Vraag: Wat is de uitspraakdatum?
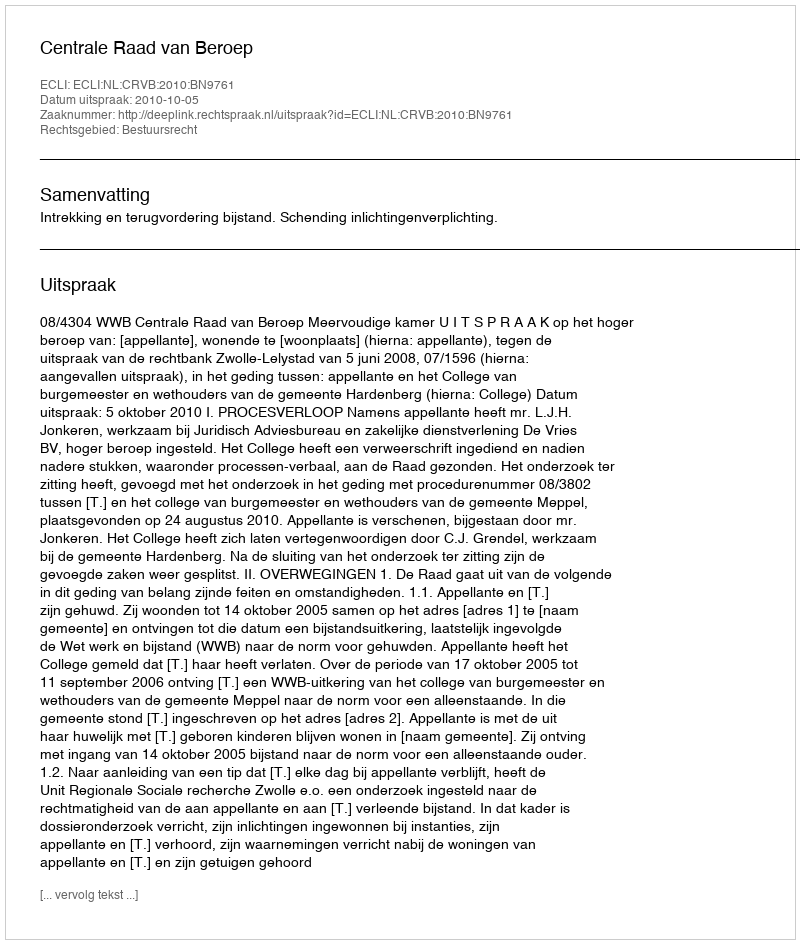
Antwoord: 2010-10-05